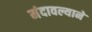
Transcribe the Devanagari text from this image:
मंदावल्याने